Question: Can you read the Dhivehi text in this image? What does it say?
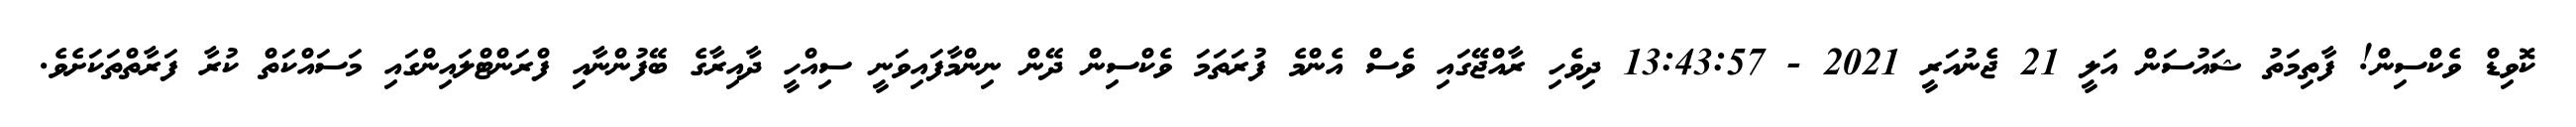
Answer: ކޮވިޑް ވެކްސިން! ފާތިމަތު ޝައުސަން އަލީ 21 ޖެނުއަރީ 2021 - 13:43:57 ދިވެހި ރާއްޖޭގައި ވެސް އެންމެ ފުރަތަމަ ވެކްސިން ދޭން ނިންމާފައިވަނީ ސިއްހީ ދާއިރާގެ ބޭފުންނާއި ފްރަންޓްލައިންގައި މަސައްކަތް ކުރާ ފަރާތްތަކަށެވެ.